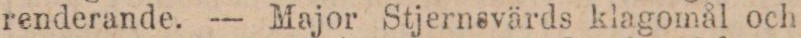
renderande. — Major Stjernsvärds klagomål och